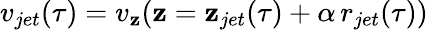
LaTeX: v_{jet}(\tau)=v_{\mathbf{z}}(\mathbf{z}=\mathbf{z}_{jet}(\tau)+\alpha\, r_{jet}(\tau))